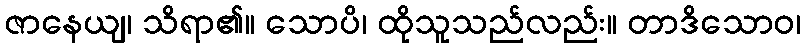
ဇာနေယျ၊ သိရာ၏။ သောပိ၊ ထိုသူသည်လည်း။ တာဒိသောဝ၊